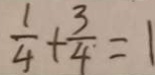
\frac { 1 } { 4 } + \frac { 3 } { 4 } = 1